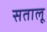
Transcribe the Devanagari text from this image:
सतालू